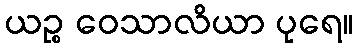
ယဉ္စ ဝေသာလိယာ ပုရေ။